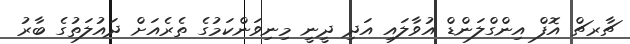
ޗާރޗް އޮފް އިންގްލަންޑް އުވާލައި އަދި ދީނީ މިނިވަންކަމުގެ ތެރެއަށް ދައުލަތުގެ ބާރު